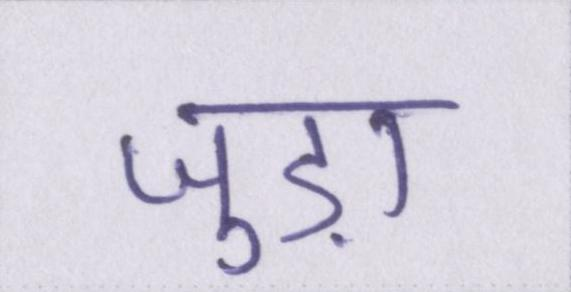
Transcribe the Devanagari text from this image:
जुड़ा